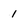
Character: 1